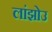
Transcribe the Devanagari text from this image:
लांझोउ